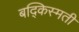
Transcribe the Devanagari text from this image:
बद्किस्मती